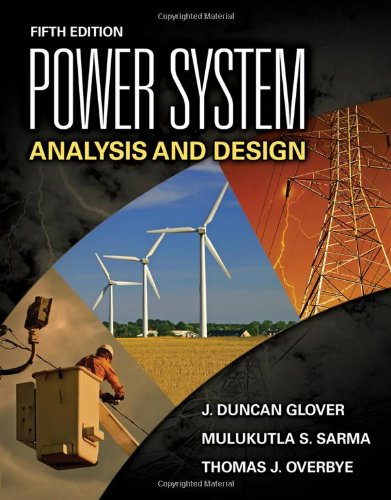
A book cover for Power System Analysis and Design, Fifth Edition; J. Duncan Glover; Engineering & Transportation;